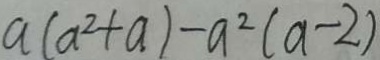
a ( a ^ { 2 } + a ) - a ^ { 2 } ( a - 2 )